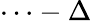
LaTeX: \cdots-\Delta